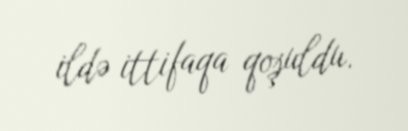
ildə ittifaqa qoşuldu.